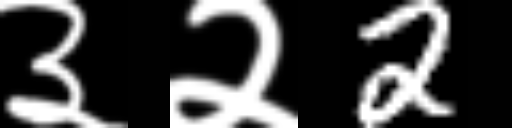
Text: ३२2